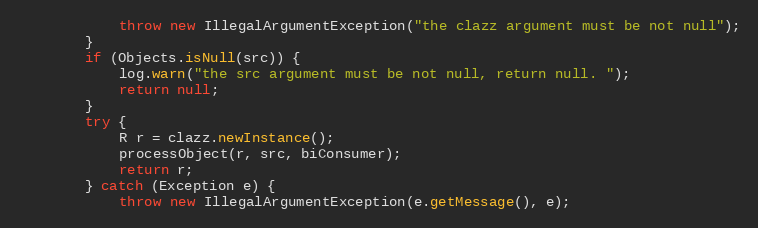
Language: Java
            throw new IllegalArgumentException("the clazz argument must be not null");
        }
        if (Objects.isNull(src)) {
            log.warn("the src argument must be not null, return null. ");
            return null;
        }
        try {
            R r = clazz.newInstance();
            processObject(r, src, biConsumer);
            return r;
        } catch (Exception e) {
            throw new IllegalArgumentException(e.getMessage(), e);